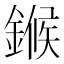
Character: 𬫺